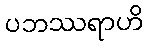
ပဘဿရာဟိ